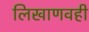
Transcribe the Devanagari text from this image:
लिखाणवही